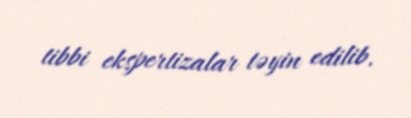
tibbi ekspertizalar təyin edilib.